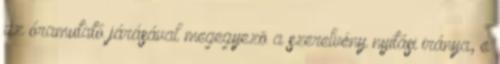
az óramutató járásával megegyezõ a szerelvény nyitási iránya, e